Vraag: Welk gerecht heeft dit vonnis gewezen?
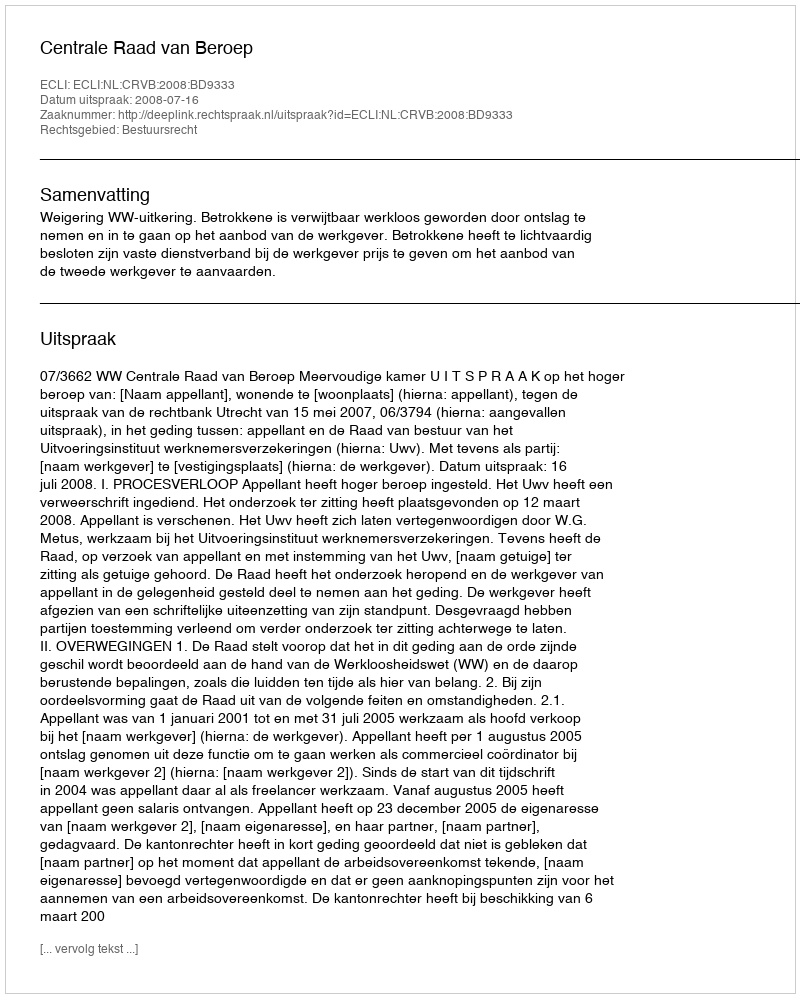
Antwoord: Centrale Raad van Beroep